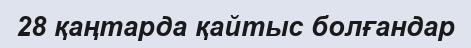
28 қаңтарда қайтыс болғандар